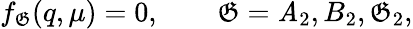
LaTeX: f_{\mathfrak{G}}(q,\mu)=0,\qquad\mathfrak{G}=\mathit{A}_{2},B_{2},\mathfrak{G}_{2},